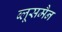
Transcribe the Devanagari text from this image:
ब्लूसमैन